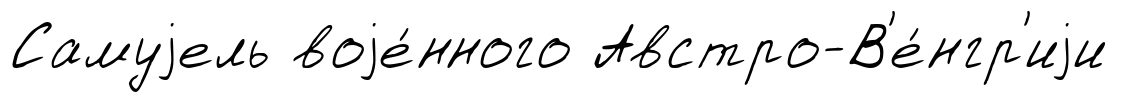
Самуjель воjе́нного Австро-В'е́нгр'иjи